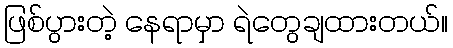
ဖြစ်ပွားတဲ့ နေရာမှာ ရဲတွေချထားတယ်။